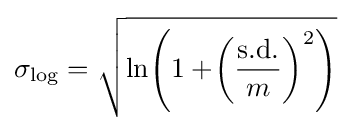
\sigma _{\log }={\sqrt {\ln \!\left(1+\!\left({\frac {\text{s.d.}}{m}}\right)^{2}\right)}}